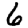
Digit: 6